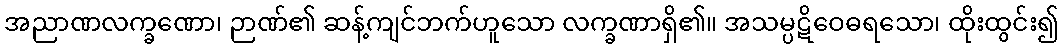
အညာဏလက္ခဏော၊ ဉာဏ်၏ ဆန့်ကျင်ဘက်ဟူသော လက္ခဏာရှိ၏။ အသမ္ပဋိဝေဓရသော၊ ထိုးထွင်း၍